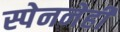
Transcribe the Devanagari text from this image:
स्पेननेही